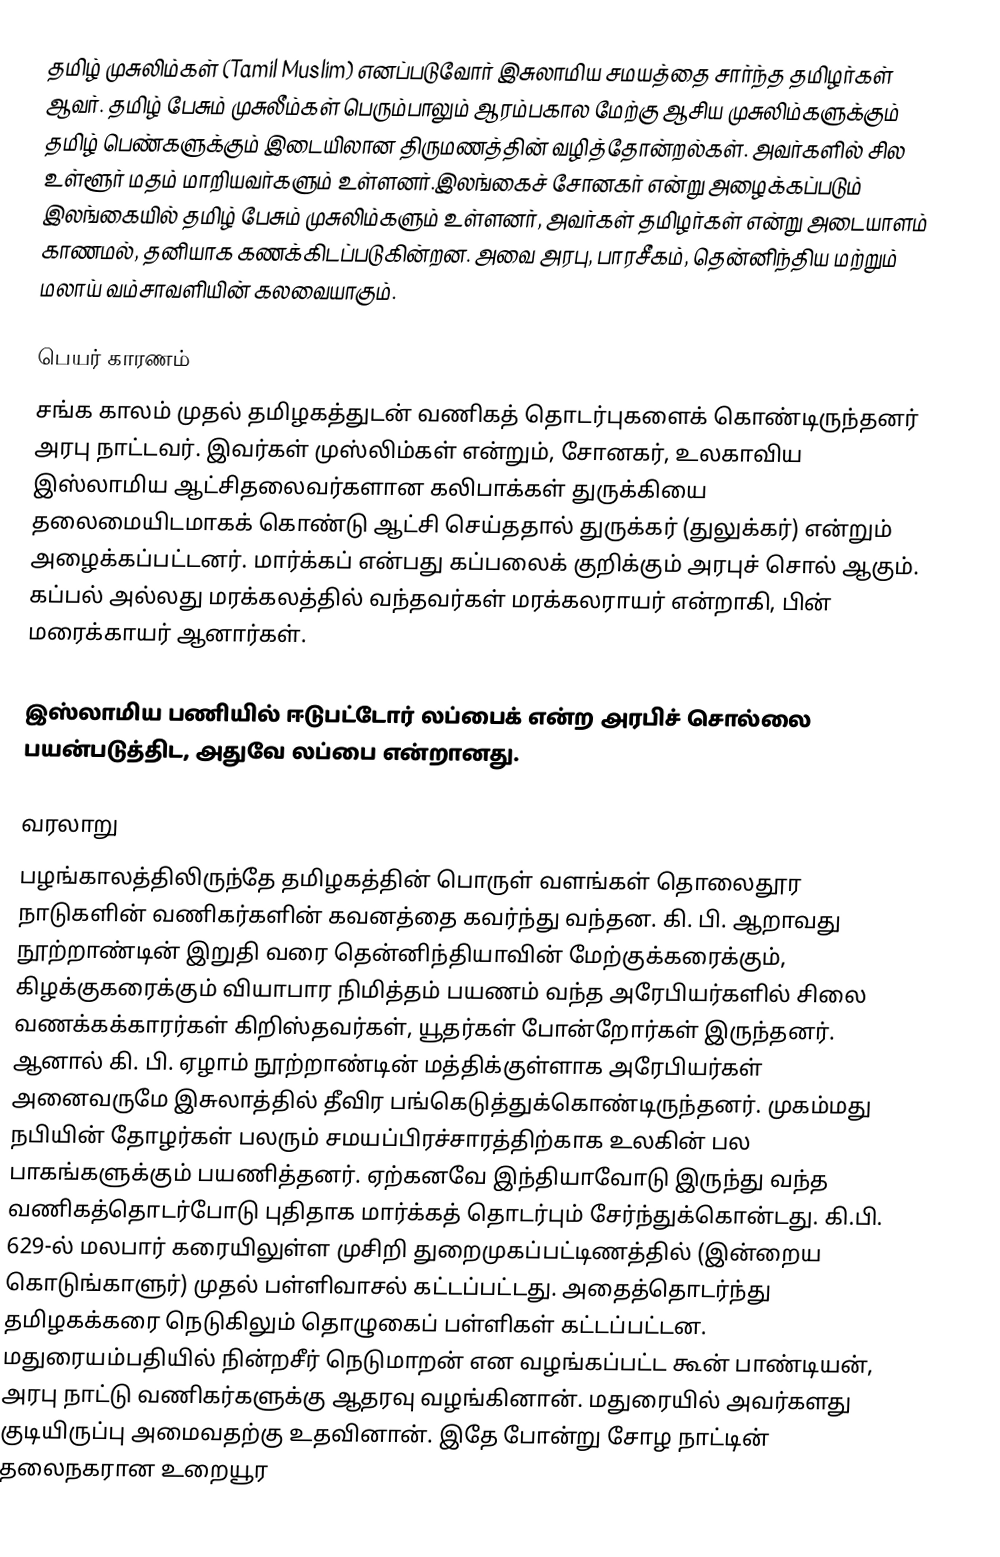
தமிழ் முசுலிம்கள் (Tamil Muslim) எனப்படுவோர் இசுலாமிய சமயத்தை சார்ந்த தமிழர்கள் ஆவர். தமிழ் பேசும் முசுலீம்கள் பெரும்பாலும் ஆரம்பகால மேற்கு ஆசிய முசுலிம்களுக்கும் தமிழ் பெண்களுக்கும் இடையிலான திருமணத்தின் வழித்தோன்றல்கள். அவர்களில் சில உள்ளூர் மதம் மாறியவர்களும் உள்ளனர்.இலங்கைச் சோனகர் என்று அழைக்கப்படும் இலங்கையில் தமிழ் பேசும் முசுலிம்களும் உள்ளனர், அவர்கள் தமிழர்கள் என்று அடையாளம் காணமல், தனியாக கணக்கிடப்படுகின்றன. அவை அரபு, பாரசீகம், தென்னிந்திய மற்றும் மலாய் வம்சாவளியின் கலவையாகும்.

பெயர் காரணம்
சங்க காலம் முதல் தமிழகத்துடன் வணிகத் தொடர்புகளைக் கொண்டிருந்தனர் அரபு நாட்டவர். இவர்கள் முஸ்லிம்கள் என்றும், சோனகர், உலகாவிய இஸ்லாமிய ஆட்சிதலைவர்களான கலிபாக்கள் துருக்கியை தலைமையிடமாகக் கொண்டு ஆட்சி செய்ததால் துருக்கர் (துலுக்கர்) என்றும் அழைக்கப்பட்டனர். மார்க்கப் என்பது கப்பலைக் குறிக்கும் அரபுச் சொல் ஆகும். கப்பல் அல்லது மரக்கலத்தில் வந்தவர்கள் மரக்கலராயர் என்றாகி, பின் மரைக்காயர் ஆனார்கள்.

இஸ்லாமிய பணியில் ஈடுபட்டோர் லப்பைக் என்ற அரபிச் சொல்லை பயன்படுத்திட, அதுவே லப்பை என்றானது.

வரலாறு
பழங்காலத்திலிருந்தே தமிழகத்தின் பொருள் வளங்கள் தொலைதூர நாடுகளின் வணிகர்களின் கவனத்தை கவர்ந்து வந்தன. கி. பி. ஆறாவது நூற்றாண்டின் இறுதி வரை தென்னிந்தியாவின் மேற்குக்கரைக்கும், கிழக்குகரைக்கும் வியாபார நிமித்தம் பயணம் வந்த அரேபியர்களில் சிலை வணக்கக்காரர்கள் கிறிஸ்தவர்கள், யூதர்கள் போன்றோர்கள் இருந்தனர். ஆனால் கி. பி. ஏழாம் நூற்றாண்டின் மத்திக்குள்ளாக அரேபியர்கள் அனைவருமே இசுலாத்தில் தீவிர பங்கெடுத்துக்கொண்டிருந்தனர். முகம்மது நபியின் தோழர்கள்  பலரும் சமயப்பிரச்சாரத்திற்காக உலகின் பல பாகங்களுக்கும் பயணித்தனர். ஏற்கனவே இந்தியாவோடு இருந்து வந்த வணிகத்தொடர்போடு புதிதாக மார்க்கத் தொடர்பும் சேர்ந்துக்கொன்டது. கி.பி. 629-ல் மலபார் கரையிலுள்ள முசிறி துறைமுகப்பட்டிணத்தில் (இன்றைய கொடுங்காளுர்) முதல் பள்ளிவாசல் கட்டப்பட்டது.  அதைத்தொடர்ந்து தமிழகக்கரை நெடுகிலும் தொழுகைப் பள்ளிகள் கட்டப்பட்டன. மதுரையம்பதியில் நின்றசீர் நெடுமாறன் என வழங்கப்பட்ட கூன் பாண்டியன், அரபு நாட்டு வணிகர்களுக்கு ஆதரவு வழங்கினான். மதுரையில் அவர்களது குடியிருப்பு அமைவதற்கு உதவினான். இதே போன்று சோழ நாட்டின் தலைநகரான உறையூர